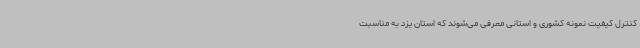
کنترل کیفیت نمونه کشوری و استانی معرفی می‌شوند که استان یزد به مناسبت